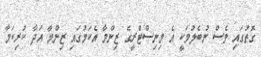
ގޮތުގައި ވެސް ނުބެލުމަކީ އެ މިނިސްޓްރީގެ ޒިންމާ އެކަމުގައި ޒިންމާ އަދާ ކުރިކަމާ